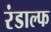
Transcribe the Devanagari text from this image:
रंडाल्फ